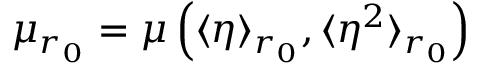
\mu _ { r _ { 0 } } = \mu \left( \langle \eta \rangle _ { r _ { 0 } } , \langle \eta ^ { 2 } \rangle _ { r _ { 0 } } \right)